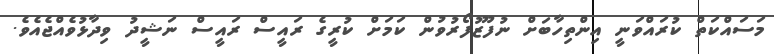
މަސައްކަތް ކުރައްވަނީ އިންތިހާބަށް ނުފޫޒުފޯރުވުން ކަމަށް ކުރީގެ ރައީސް ރައީސް ނަޝީދު ވިދާޅުވެއްޖެއެވެ.